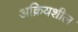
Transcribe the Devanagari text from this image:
अक्रियशील